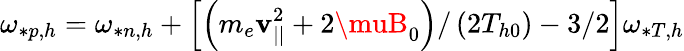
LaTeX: \omega_{*p,h}=\omega_{*n,h}+\left[\left(m_{e}\mathbf{v}_{||}^{2}+2\muB_{0}\right)/\left(2T_{h0}\right)-3/2\right]\omega_{*T,h}